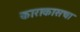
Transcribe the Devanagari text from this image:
काराकासचा